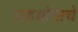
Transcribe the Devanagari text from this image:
सहयोगाचे